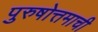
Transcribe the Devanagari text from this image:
पुरुषोत्तमाची